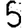
Digit: 5